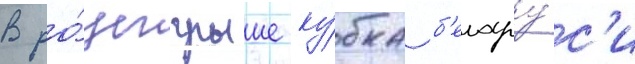
В ро́зыгрыше ку́бка б'елару́с'и